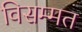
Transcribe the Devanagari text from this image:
विसम्मत